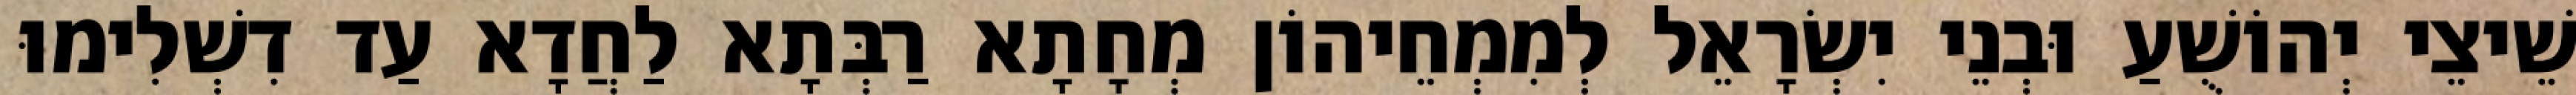
שֵׁיצֵי יְהוֹשֻׁעַ וּבְנֵי יִשְׂרָאֵל לְמִמְחֵיהוֹן מְחָתָא רַבְּתָא לַחֲדָא עַד דִשְׁלִימוּ